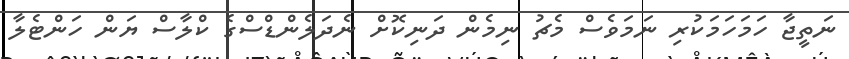
ނަތީޖާ ހަމަހަމަކުރި ނަމަވެސް މެޗު ނިމެން ދަނިކޮށް ނެދަލެންޑްސްގެ ކްލާސް ޔަން ހަންޓެލާ